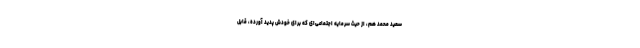
سعید محمد هم، از حیث سرمایه اجتماعی‌ای که برای خودش پدید آورده، قابل